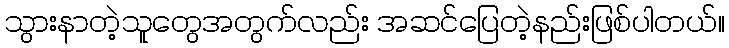
သွားနာတဲ့သူတွေအတွက်လည်း အဆင်ပြေတဲ့နည်းဖြစ်ပါတယ်။